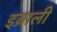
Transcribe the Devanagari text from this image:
इब्राली